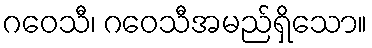
ဂဝေသီ၊ ဂဝေသီအမည်ရှိသော။